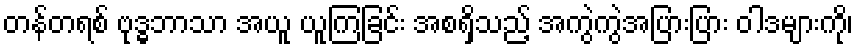
တန်တရစ် ဗုဒ္ဓဘာသာ အယူ ယူကြခြင်း အစရှိသည့် အကွဲကွဲအပြားပြား ဝါဒများကို၊